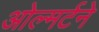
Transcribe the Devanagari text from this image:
ओल्मर्टने